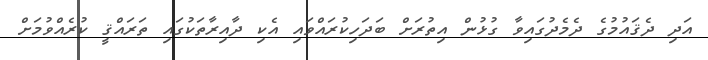
އަދި ދެޤައުމުގެ ދެމެދުގައިވާ ގުޅުން އިތުރަށް ބަދަހިކުރައްވައި އެކި ދާއިރާތަކުގައި ތަރައްޤީ ކުރެއްވުމަށް